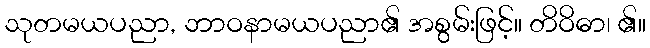
သုတမယပညာ, ဘာဝနာမယပညာ၏ အစွမ်းဖြင့်။ တိဝိဓာ၊ ၏။